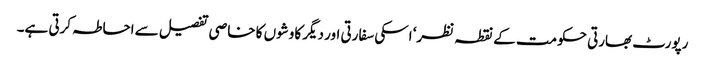
رپورٹ بھارتی حکومت کے نقطہ نظر‘ اسکی سفارتی اور دیگر کاوشوں کا خاصی تفصیل سے احاطہ کرتی ہے۔